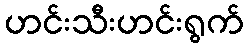
ဟင်းသီးဟင်းရွက်